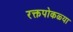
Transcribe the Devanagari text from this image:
रक्तपोकळ्या